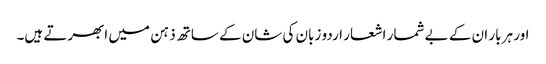
اور ہر بار ان کے بے شمار اشعار اردو زبان کی شان کے ساتھ ذہن میں ابھرتے ہیں۔